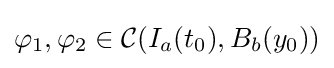
\varphi _{1},\varphi _{2}\in {\mathcal {C}}(I_{a}(t_{0}),B_{b}(y_{0}))